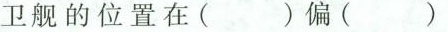
卫舰的位置在( )偏( )